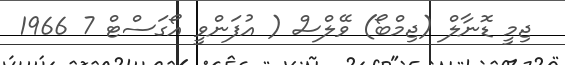
ޖިމީ ޑޮނާލް (ޖިމްބޯ) ވޭލްސް ( އުފަންވީ އޯގަސްޓް 7 1966